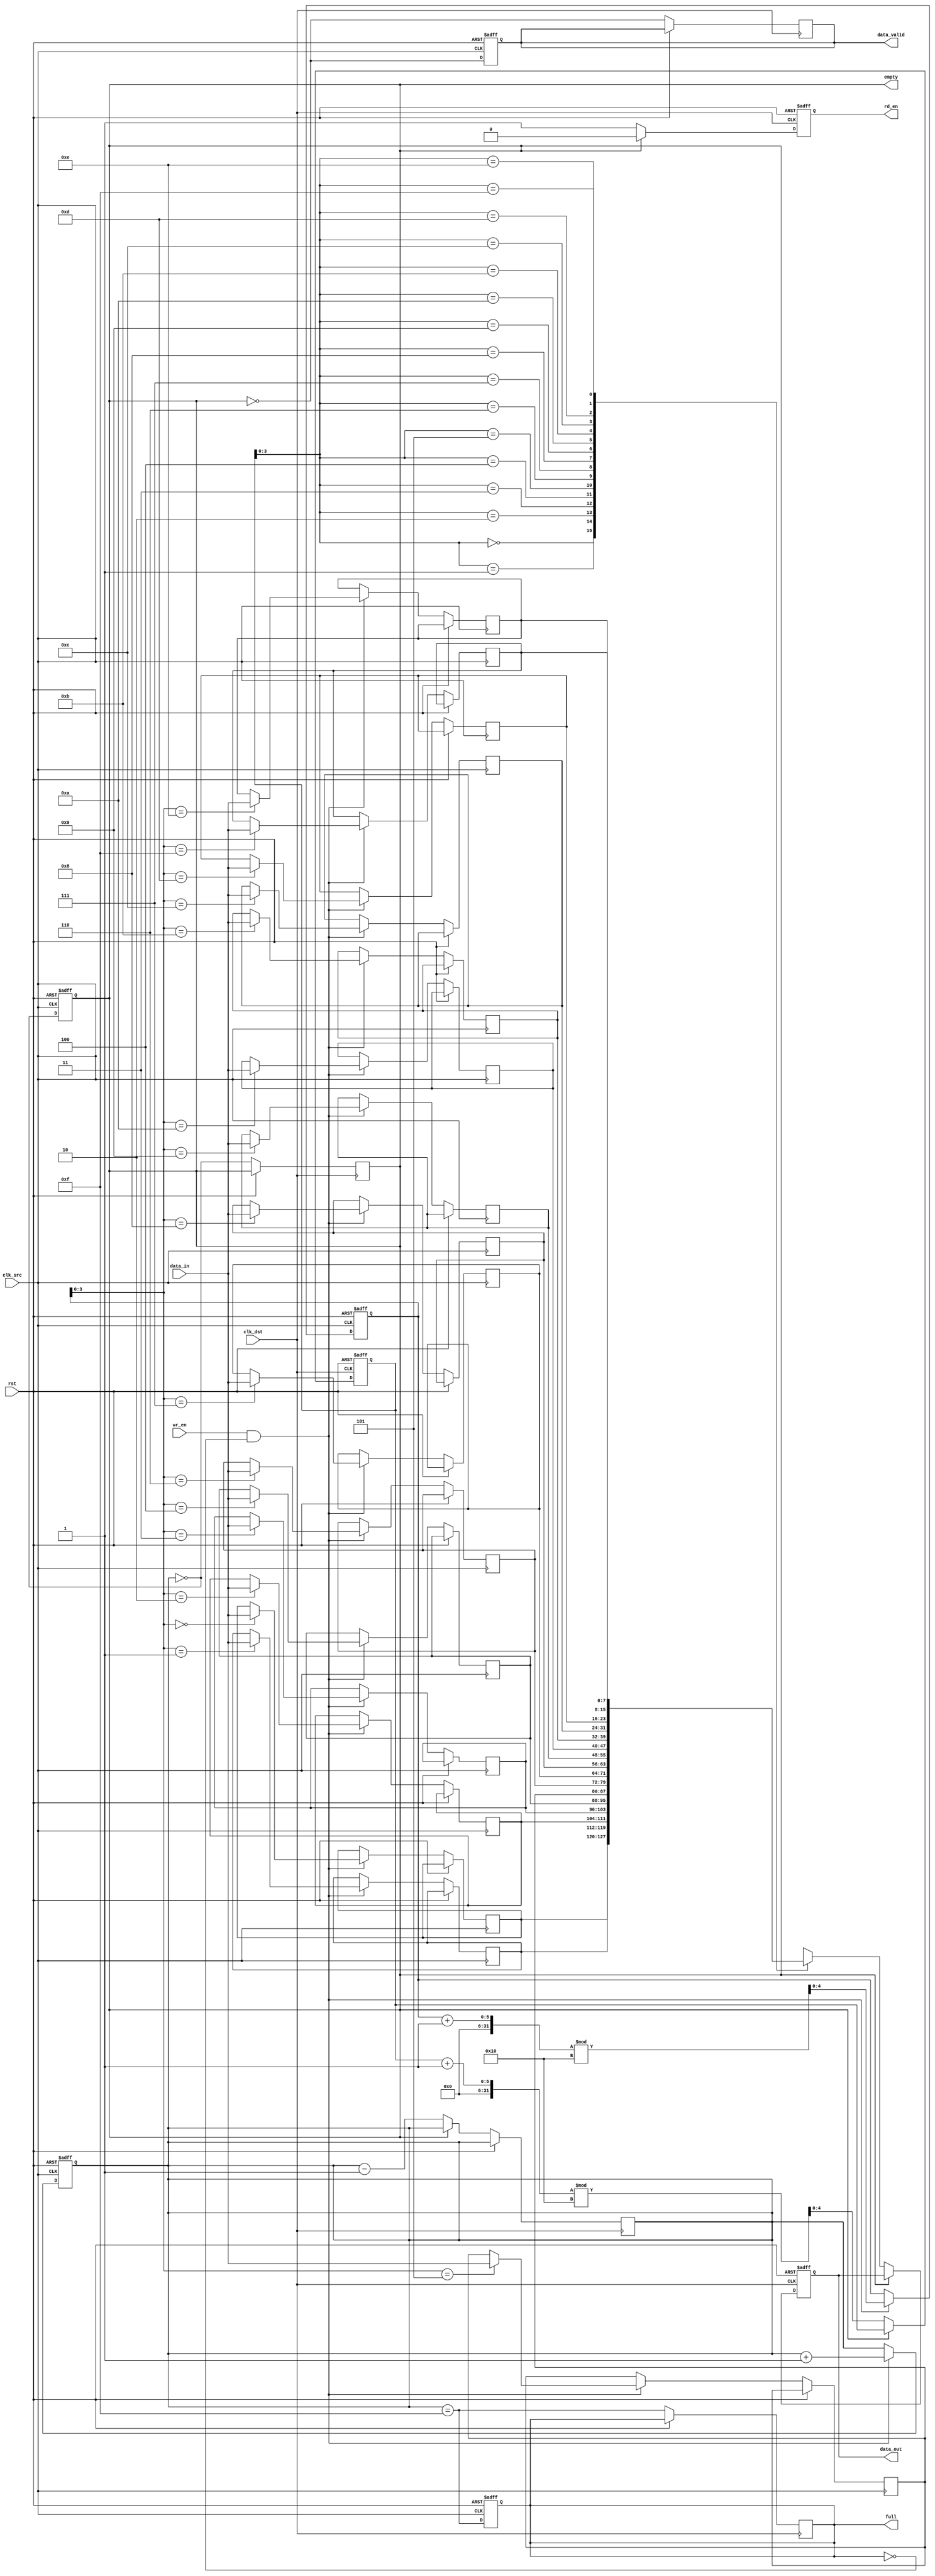
module fifo_synchronizer #(
    parameter DATA_WIDTH = 8,  // Width of the data
    parameter FIFO_DEPTH = 16   // Depth of the FIFO
)(
    input wire clk_src,          // Source clock
    input wire clk_dst,          // Destination clock
    input wire rst,              // Reset signal
    input wire wr_en,            // Write enable signal
    input wire [DATA_WIDTH-1:0] data_in, // Data input
    output reg rd_en,            // Read enable signal
    output reg [DATA_WIDTH-1:0] data_out, // Data output
    output reg full,             // FIFO full flag
    output reg empty,            // FIFO empty flag
    output reg data_valid        // Data valid signal
);

    // FIFO memory
    reg [DATA_WIDTH-1:0] fifo_mem[FIFO_DEPTH-1:0];
    reg [4:0] w_ptr; // Write pointer
    reg [4:0] r_ptr; // Read pointer
    reg [4:0] count; // Number of items in the FIFO

    // Asynchronous reset
    always @(posedge clk_src or posedge rst) begin
        if (rst) begin
            w_ptr <= 0;
            count <= 0;
            full <= 0;
            empty <= 1;
            data_valid <= 0;
        end else begin
            if (wr_en && !full) begin
                fifo_mem[w_ptr] <= data_in; // Write data to FIFO
                w_ptr <= (w_ptr + 1) % FIFO_DEPTH; // Increment write pointer
                count <= count + 1; // Increment count
            end
            // Update full and empty flags
            full <= (count == FIFO_DEPTH - 1);
            empty <= (count == 0);
            data_valid <= !empty; // Data valid if FIFO is not empty
        end
    end

    // Read operation on destination clock
    always @(posedge clk_dst or posedge rst) begin
        if (rst) begin
            r_ptr <= 0;
            rd_en <= 0;
            data_out <= 0;
        end else begin
            if (!empty) begin
                data_out <= fifo_mem[r_ptr]; // Read data from FIFO
                r_ptr <= (r_ptr + 1) % FIFO_DEPTH; // Increment read pointer
                count <= count - 1; // Decrement count
                rd_en <= 1; // Indicate read operation
            end else begin
                rd_en <= 0; // No read operation if FIFO is empty
            end
            // Update empty flag
            empty <= (count == 0);
            full <= (count == FIFO_DEPTH - 1);
            data_valid <= !empty; // Data valid if FIFO is not empty
        end
    end

endmodule